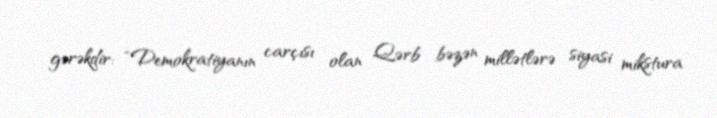
gərəkdir: “Demokratiyanın carçısı olan Qərb bəzən millətlərə siyasi mikstura